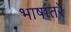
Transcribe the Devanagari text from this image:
भाषांतरें